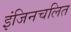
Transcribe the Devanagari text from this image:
इंजिनचलित